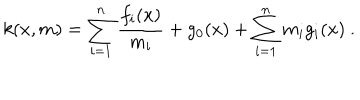
k ( x , m ) = \sum _ { i = 1 } ^ { n } \frac { f _ { i } ( x ) } { m _ { i } } + g _ { 0 } ( x ) + \sum _ { i = 1 } ^ { n } m _ { i } g _ { i } ( x ) \ .